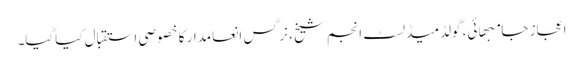
اعجاز جامبھائی، گولڈمیڈلسٹ انجم شیخ، نرگس انعامدار کا خصوصی استقبال کیاگیا۔